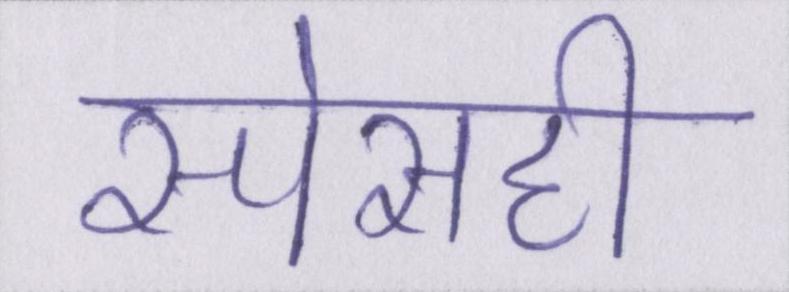
स्पेसही